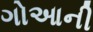
ગોઆની